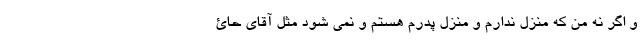
و اگر نه من که منزل ندارم و منزل پدرم هستم و نمی شود مثل آقای حائ